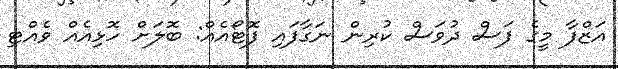
އަޒްފާ މީގެ ފަސް ދުވަސް ކުރިން ނަގާފައި ފޮޓޯއެއް: ބޮލަށް ހޮޅިއެއް ވެއްޓި